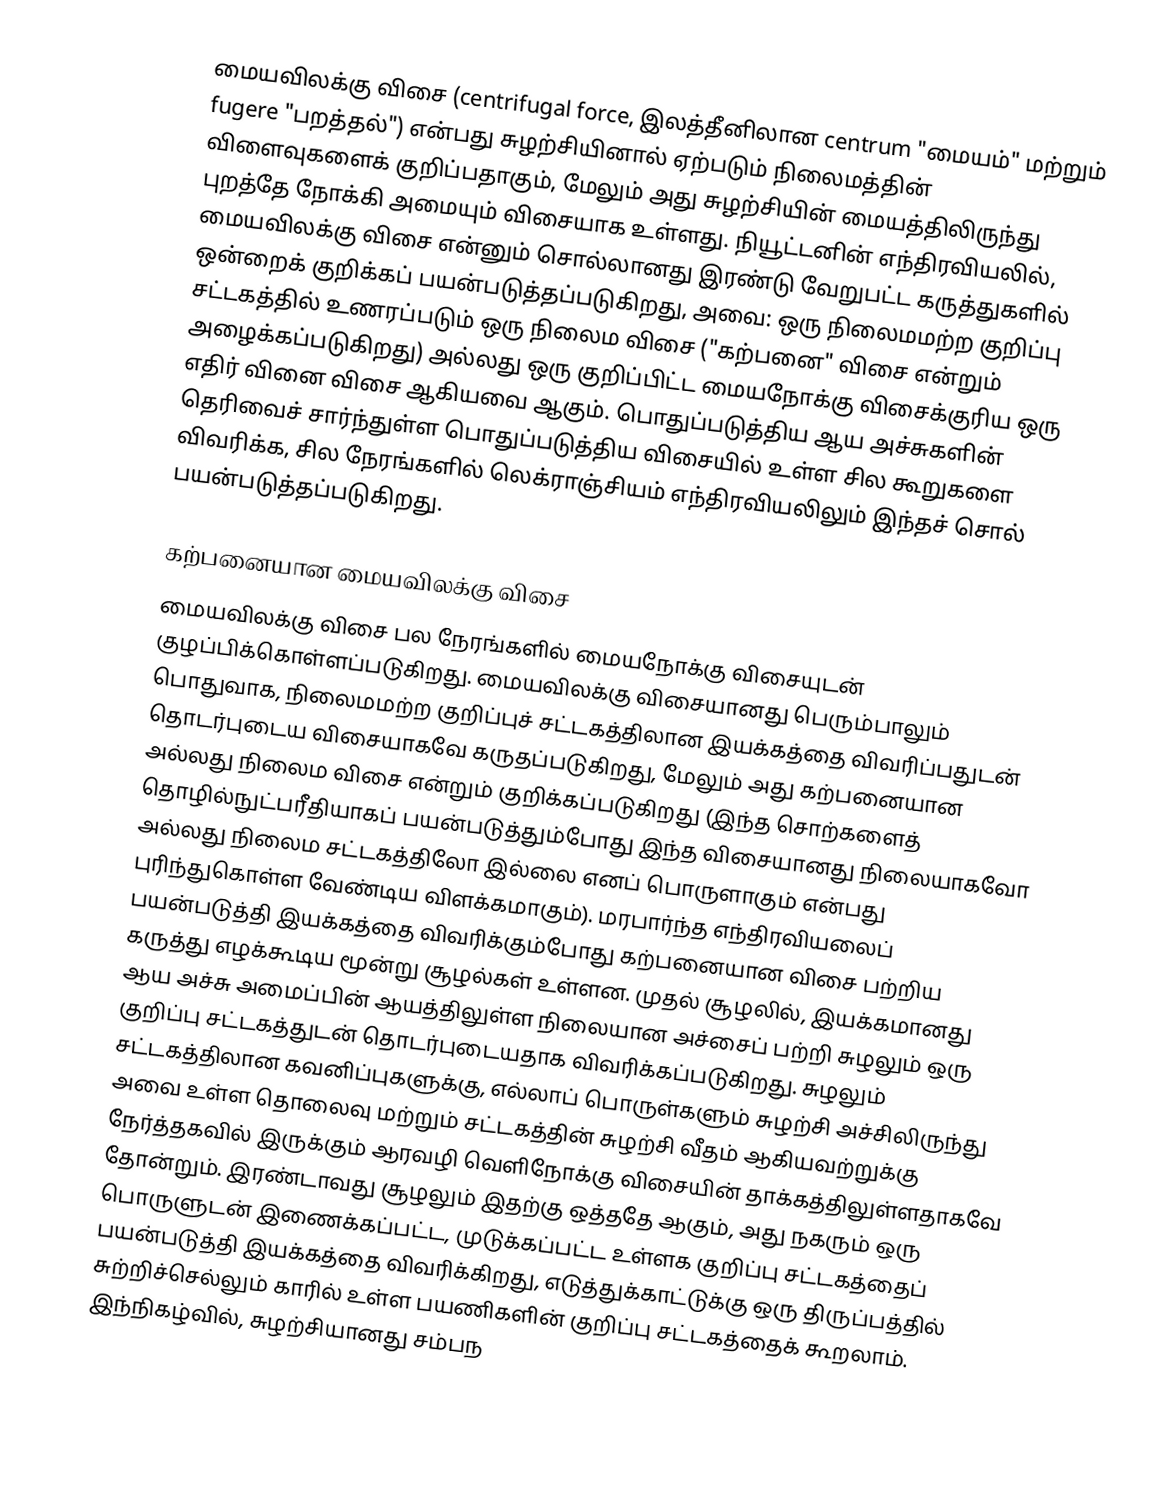
மையவிலக்கு விசை (centrifugal force, இலத்தீனிலான centrum "மையம்" மற்றும் fugere "பறத்தல்") என்பது சுழற்சியினால் ஏற்படும் நிலைமத்தின் விளைவுகளைக் குறிப்பதாகும், மேலும் அது சுழற்சியின் மையத்திலிருந்து புறத்தே நோக்கி அமையும் விசையாக உள்ளது. நியூட்டனின் எந்திரவியலில், மையவிலக்கு விசை என்னும் சொல்லானது இரண்டு வேறுபட்ட கருத்துகளில் ஒன்றைக் குறிக்கப் பயன்படுத்தப்படுகிறது, அவை: ஒரு நிலைமமற்ற குறிப்பு சட்டகத்தில் உணரப்படும் ஒரு நிலைம விசை ("கற்பனை" விசை என்றும் அழைக்கப்படுகிறது) அல்லது ஒரு குறிப்பிட்ட மையநோக்கு விசைக்குரிய ஒரு எதிர் வினை விசை ஆகியவை ஆகும். பொதுப்படுத்திய ஆய அச்சுகளின் தெரிவைச் சார்ந்துள்ள பொதுப்படுத்திய விசையில் உள்ள சில கூறுகளை விவரிக்க, சில நேரங்களில் லெக்ராஞ்சியம் எந்திரவியலிலும் இந்தச் சொல் பயன்படுத்தப்படுகிறது.

கற்பனையான மையவிலக்கு விசை
மையவிலக்கு விசை பல நேரங்களில் மையநோக்கு விசையுடன் குழப்பிக்கொள்ளப்படுகிறது. மையவிலக்கு விசையானது பெரும்பாலும் பொதுவாக, நிலைமமற்ற குறிப்புச் சட்டகத்திலான இயக்கத்தை விவரிப்பதுடன் தொடர்புடைய விசையாகவே கருதப்படுகிறது, மேலும் அது கற்பனையான அல்லது நிலைம விசை என்றும் குறிக்கப்படுகிறது (இந்த சொற்களைத் தொழில்நுட்பரீதியாகப் பயன்படுத்தும்போது இந்த விசையானது நிலையாகவோ அல்லது நிலைம சட்டகத்திலோ இல்லை எனப் பொருளாகும் என்பது புரிந்துகொள்ள வேண்டிய விளக்கமாகும்). மரபார்ந்த எந்திரவியலைப் பயன்படுத்தி இயக்கத்தை விவரிக்கும்போது கற்பனையான விசை பற்றிய கருத்து எழக்கூடிய மூன்று சூழல்கள் உள்ளன. முதல் சூழலில், இயக்கமானது ஆய அச்சு அமைப்பின் ஆயத்திலுள்ள நிலையான அச்சைப் பற்றி சுழலும் ஒரு குறிப்பு சட்டகத்துடன் தொடர்புடையதாக விவரிக்கப்படுகிறது. சுழலும் சட்டகத்திலான கவனிப்புகளுக்கு, எல்லாப் பொருள்களும் சுழற்சி அச்சிலிருந்து அவை உள்ள தொலைவு மற்றும் சட்டகத்தின் சுழற்சி வீதம் ஆகியவற்றுக்கு நேர்த்தகவில் இருக்கும் ஆரவழி வெளிநோக்கு விசையின் தாக்கத்திலுள்ளதாகவே தோன்றும். இரண்டாவது சூழலும் இதற்கு ஒத்ததே ஆகும், அது நகரும் ஒரு பொருளுடன் இணைக்கப்பட்ட, முடுக்கப்பட்ட உள்ளக குறிப்பு சட்டகத்தைப் பயன்படுத்தி இயக்கத்தை விவரிக்கிறது, எடுத்துக்காட்டுக்கு ஒரு திருப்பத்தில் சுற்றிச்செல்லும் காரில் உள்ள பயணிகளின் குறிப்பு சட்டகத்தைக் கூறலாம். இந்நிகழ்வில், சுழற்சியானது சம்பந